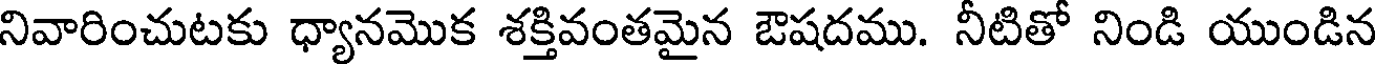
నివారించుటకు ధ్యానమొక శక్తివంతమైన ఔషదము. నీటితో నిండి యుండిన